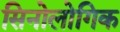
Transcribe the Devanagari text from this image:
सिनोलोगिक